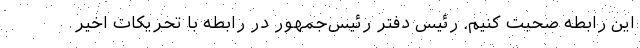
این رابطه صحبت کنیم. رئیس دفتر رئیس‌جمهور در رابطه با تحریکات اخیر